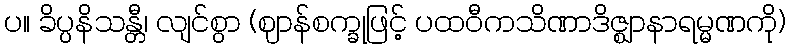
ပ။ ခိပ္ပနိသန္တီ၊ လျင်စွာ (ဈာန်စက္ခုဖြင့် ပထဝီကသိဏာဒိဇ္ဈာနာရမ္မဏကို)